Punjab Mental Hospital Lahore 1932-46 - 1932-1946
Year: 1932
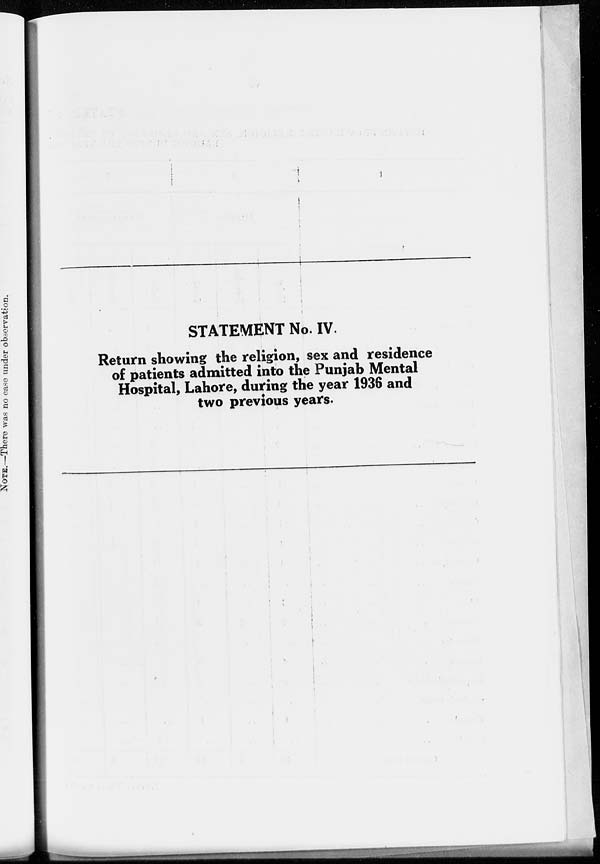
STATEMENT No. IV.
Return showing the religion, sex and residence
of patients admitted into the Punjab Mental
Hospital, Lahore, during the year 1936 and
two previous years.